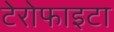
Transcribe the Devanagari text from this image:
टेरोफाइटा